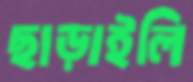
ছাড়াইলি